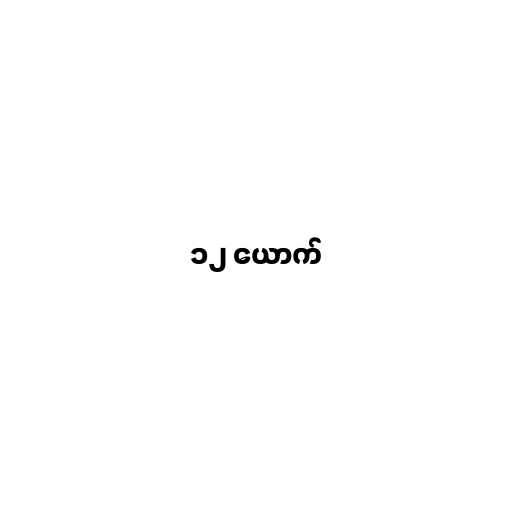
၁၂ ယောက်